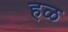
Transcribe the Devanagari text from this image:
हळ